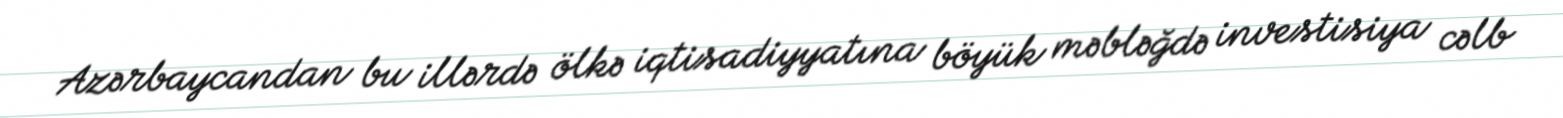
Azərbaycandan bu illərdə ölkə iqtisadiyyatına böyük məbləğdə investisiya cəlb